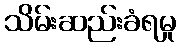
သိမ်းဆည်းခံရမှု